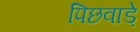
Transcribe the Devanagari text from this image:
पिछवाडे़